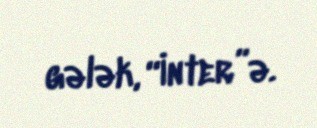
gələk, “İnter”ə.